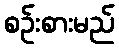
စဉ်းစားမည်